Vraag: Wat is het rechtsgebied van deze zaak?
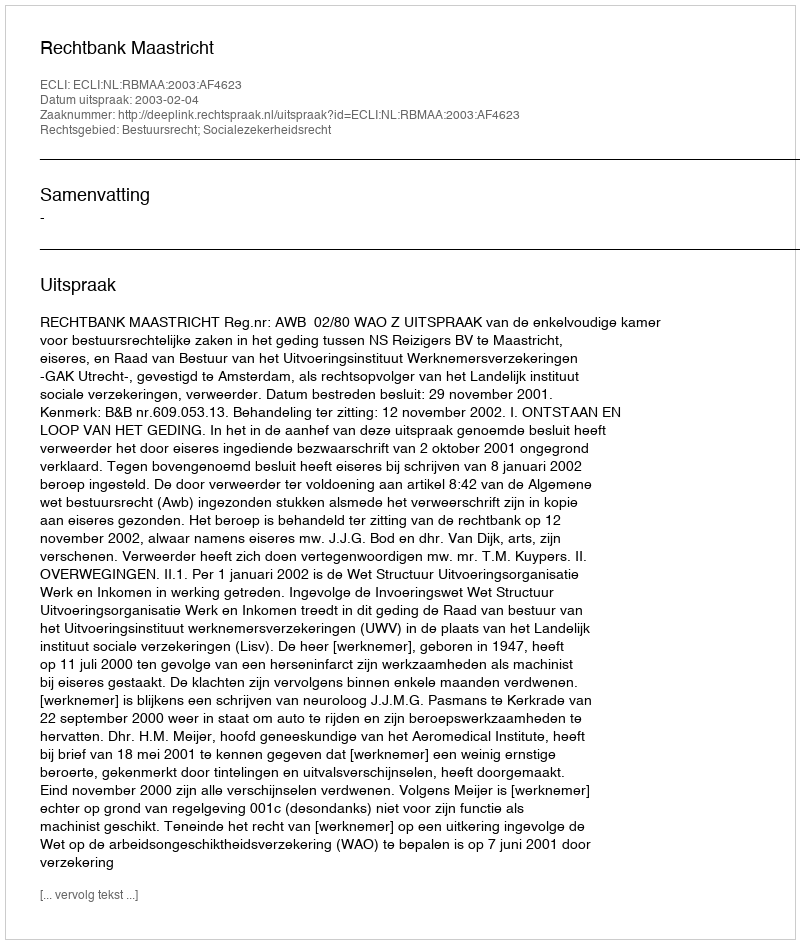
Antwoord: Bestuursrecht; Socialezekerheidsrecht